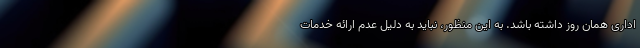
اداری همان روز داشته باشد. به این منظور، نباید به دلیل عدم ارائه خدمات